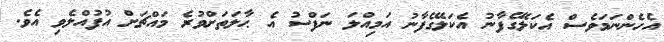
އެހެންނަމަވެސް އެކަލޭގެފާނު އެކަލޭގެފާނު އަމިއްލަ ނަފްސު އެ ޙާލަތަށްވުރެ މައްޗަށް އުފުއްލެވި އެވެ.